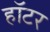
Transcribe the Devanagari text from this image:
हॉटर